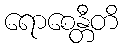
ရောစေန္တီတိ